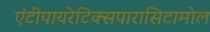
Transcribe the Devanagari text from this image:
एंटीपायरेटिक्सपारासिटामोल